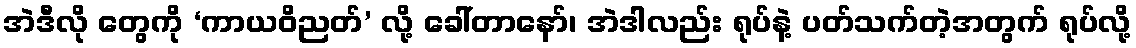
အဲဒီလို တွေကို ‘ကာယဝိညတ်’ လို့ ခေါ်တာနော်၊ အဲဒါလည်း ရုပ်နဲ့ ပတ်သက်တဲ့အတွက် ရုပ်လို့